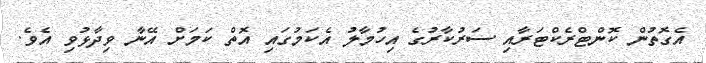
އެގޮތުން ކޮންޓްރެކްޓަރާއި ސަރުކާރުގެ އިހުމާލު އެކަމުގައި އޮތް ކަމަށް އޭނާ ވިދާޅުވި އެވެ.